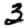
Digit: 3